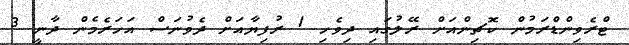
ޓްރެވިންޑްރަމުން ކޮޗިންއަށް ރޭލުގައި ދިވެހި 1 ރުފިޔާއަށް ދެވުނަސް އަހަރެމެން ދާނީ 3